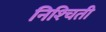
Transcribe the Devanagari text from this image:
निश्‍चिती